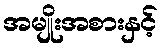
အမျိုးအစားနှင့်